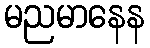
မညမာနေန